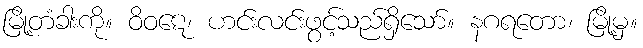
မြို့တံခါးကို။ ဝိဝဋေ၊ ဟင်းလင်းဖွင့်သည်ရှိသော်။ နဂရတော၊ မြို့မှ။